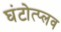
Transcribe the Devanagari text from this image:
घंटोत्प्लव